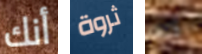
أنك ثروة ذلك